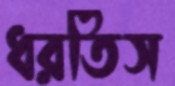
ধরতিস